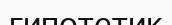
гипотетик